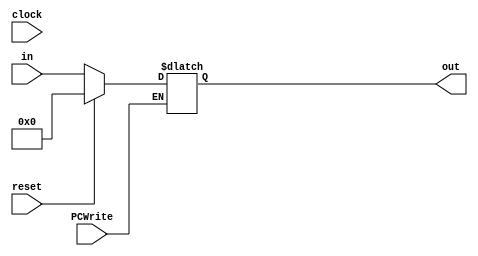
module programcounter(
	input wire clock,
	input wire PCWrite,
	input wire[31:0] in,
	input wire reset,
	output reg[31:0] out
);

	always@(clock)begin
		if(PCWrite == 1)begin
			if(reset == 0)begin
				out <= in;
			end else begin
				out <= 32'b0;
			end
		end
	end

endmodule